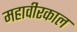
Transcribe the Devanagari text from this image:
महावीरकाल